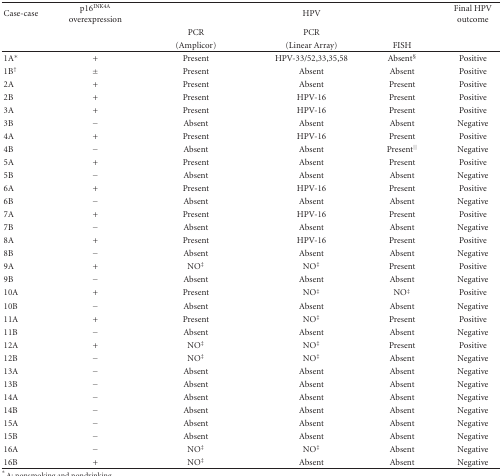
<table><thead><tr><td><b>Case-case</b></td><td><b>p16<sup>INK4A</sup> overexpression</b></td><td></td><td><b>HPV</b></td><td></td><td><b>Final HPV outcome</b></td></tr><tr><td></td><td></td><td><b>PCR</b></td><td><b>PCR</b></td><td></td><td></td></tr><tr><td></td><td></td><td><b>(Amplicor)</b></td><td><b>(Linear Array)</b></td><td><b>FISH</b></td><td></td></tr></thead><tbody><tr><td>1A*</td><td>+</td><td>Present</td><td>HPV-33/52,33,35,58</td><td>Absent<sup>§</sup></td><td>Positive</td></tr><tr><td>1B<sup>†</sup></td><td>±</td><td>Present</td><td>Absent</td><td>Absent</td><td>Positive</td></tr><tr><td>2A</td><td>+</td><td>Present</td><td>Absent</td><td>Present</td><td>Positive</td></tr><tr><td>2B</td><td>+</td><td>Present</td><td>HPV-16</td><td>Present</td><td>Positive</td></tr><tr><td>3A</td><td>+</td><td>Present</td><td>HPV-16</td><td>Present</td><td>Positive</td></tr><tr><td>3B</td><td>−</td><td>Absent</td><td>Absent</td><td>Absent</td><td>Negative</td></tr><tr><td>4A</td><td>+</td><td>Present</td><td>HPV-16</td><td>Present</td><td>Positive</td></tr><tr><td>4B</td><td>−</td><td>Absent</td><td>Absent</td><td>Present<sup>||</sup></td><td>Negative</td></tr><tr><td>5A</td><td>+</td><td>Present</td><td>Absent</td><td>Present</td><td>Positive</td></tr><tr><td>5B</td><td>−</td><td>Absent</td><td>Absent</td><td>Absent</td><td>Negative</td></tr><tr><td>6A</td><td>+</td><td>Present</td><td>HPV-16</td><td>Present</td><td>Positive</td></tr><tr><td>6B</td><td>−</td><td>Absent</td><td>Absent</td><td>Absent</td><td>Negative</td></tr><tr><td>7A</td><td>+</td><td>Present</td><td>HPV-16</td><td>Present</td><td>Positive</td></tr><tr><td>7B</td><td>−</td><td>Absent</td><td>Absent</td><td>Absent</td><td>Negative</td></tr><tr><td>8A</td><td>+</td><td>Present</td><td>HPV-16</td><td>Present</td><td>Positive</td></tr><tr><td>8B</td><td>−</td><td>Absent</td><td>Absent</td><td>Absent</td><td>Negative</td></tr><tr><td>9A</td><td>+</td><td>NO<sup>‡</sup></td><td>NO<sup>‡</sup></td><td>Present</td><td>Positive</td></tr><tr><td>9B</td><td>−</td><td>Absent</td><td>Absent</td><td>Absent</td><td>Negative</td></tr><tr><td>10A</td><td>+</td><td>Present</td><td>NO<sup>‡</sup></td><td>NO<sup>‡</sup></td><td>Positive</td></tr><tr><td>10B</td><td>−</td><td>Absent</td><td>Absent</td><td>Absent</td><td>Negative</td></tr><tr><td>11A</td><td>+</td><td>Present</td><td>NO<sup>‡</sup></td><td>Present</td><td>Positive</td></tr><tr><td>11B</td><td>−</td><td>Absent</td><td>Absent</td><td>Absent</td><td>Negative</td></tr><tr><td>12A</td><td>+</td><td>NO<sup>‡</sup></td><td>NO<sup>‡</sup></td><td>Present</td><td>Positive</td></tr><tr><td>12B</td><td>−</td><td>NO<sup>‡</sup></td><td>NO<sup>‡</sup></td><td>Absent</td><td>Negative</td></tr><tr><td>13A</td><td>−</td><td>Absent</td><td>Absent</td><td>Absent</td><td>Negative</td></tr><tr><td>13B</td><td>−</td><td>Absent</td><td>Absent</td><td>Absent</td><td>Negative</td></tr><tr><td>14A</td><td>−</td><td>Absent</td><td>Absent</td><td>Absent</td><td>Negative</td></tr><tr><td>14B</td><td>−</td><td>Absent</td><td>Absent</td><td>Absent</td><td>Negative</td></tr><tr><td>15A</td><td>−</td><td>Absent</td><td>Absent</td><td>Absent</td><td>Negative</td></tr><tr><td>15B</td><td>−</td><td>Absent</td><td>Absent</td><td>Absent</td><td>Negative</td></tr><tr><td>16A</td><td>−</td><td>NO<sup>‡</sup></td><td>NO<sup>‡</sup></td><td>Absent</td><td>Negative</td></tr><tr><td>16B</td><td>+</td><td>NO<sup>‡</sup></td><td>Absent</td><td>Absent</td><td>Negative</td></tr></tbody></table>